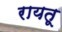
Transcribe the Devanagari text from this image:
रायतू